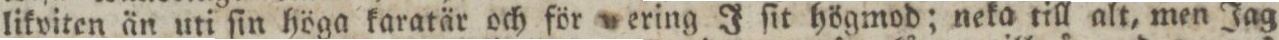
likviten än uti ſin höga karatär och för ering J ſit högmod; neka till alt, men Jag